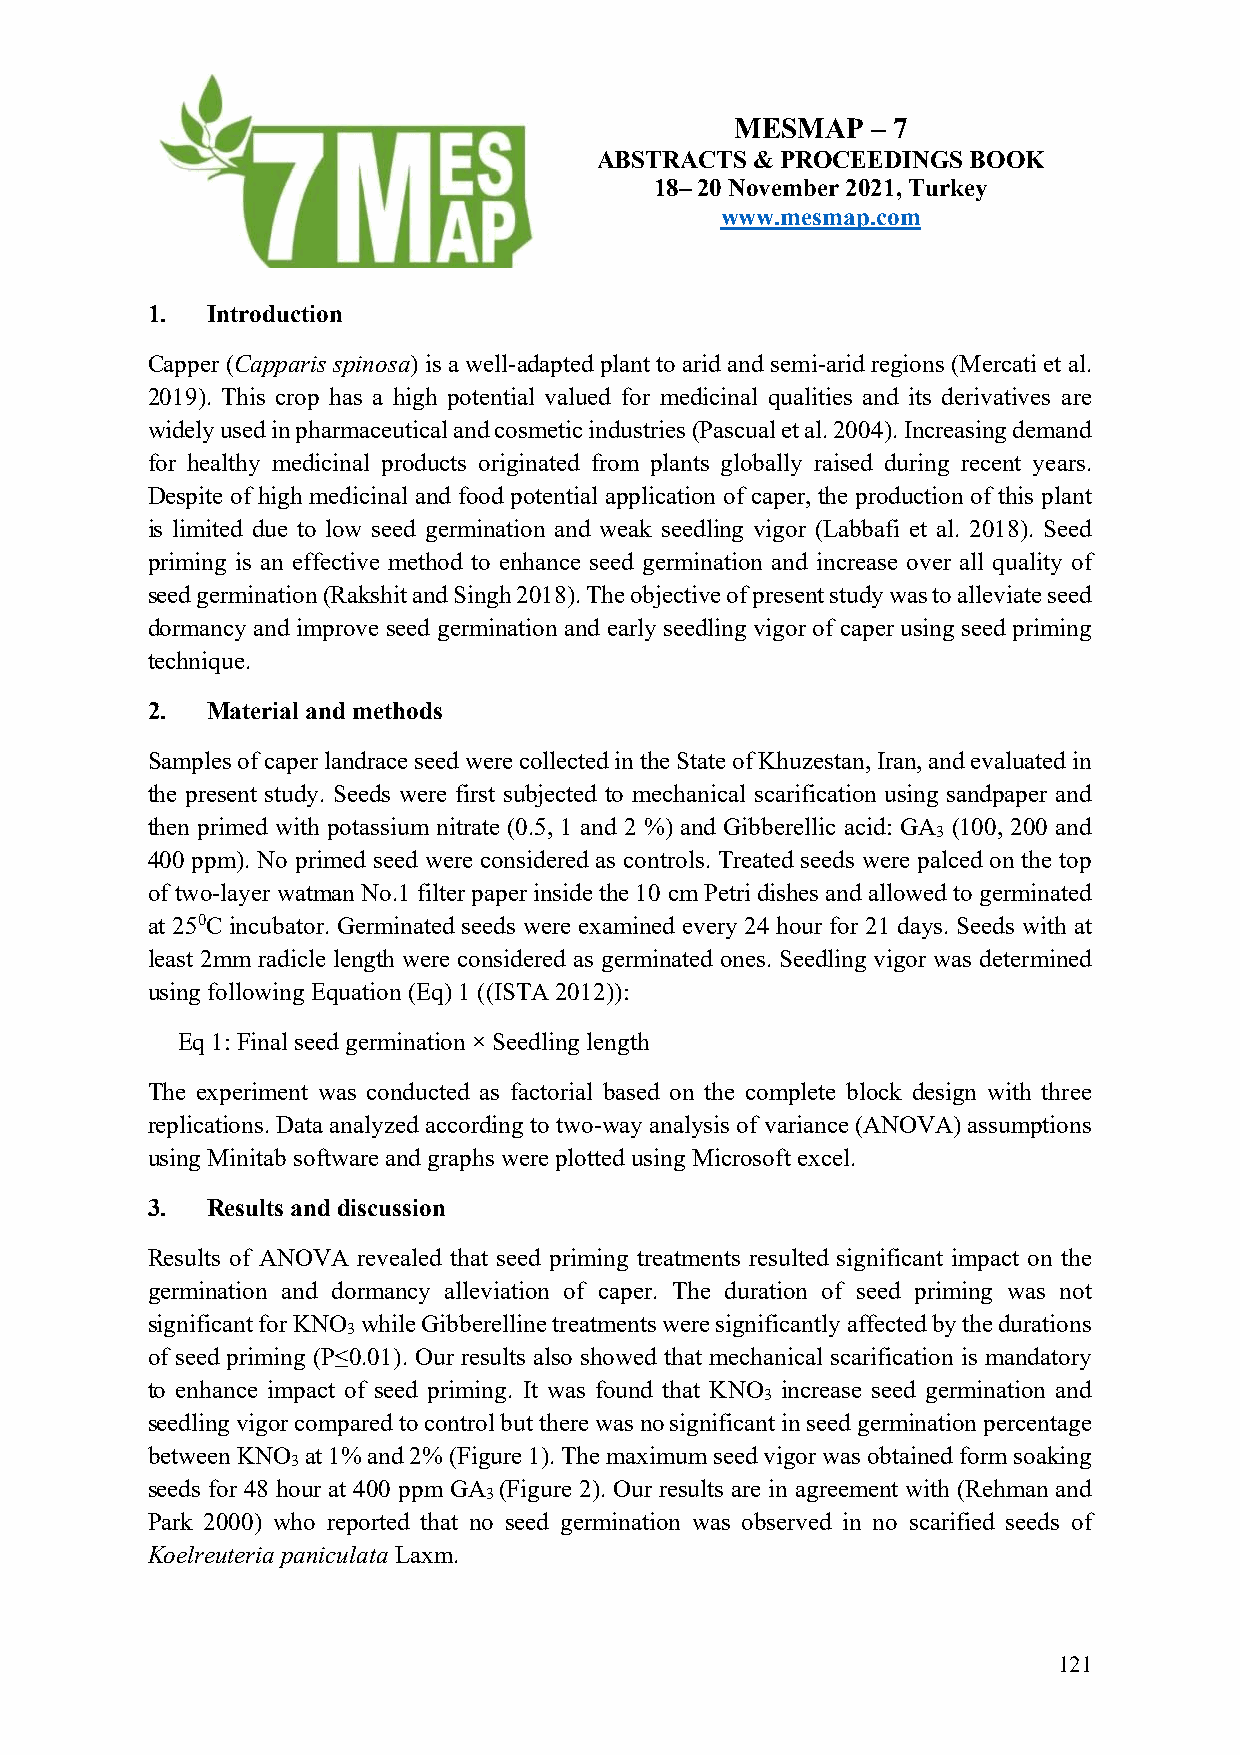
MESMAP   – 7
 ABSTRACTS  & PROCEEDINGS BOOK
 18– 20 November 2021, Turkey
 www.mesmap.com
 1.  Introduction
 Capper (Capparis spinosa) is a well-adapted plant to arid and semi-arid regions (Mercati et al.
 2019). This crop has a high potential valued for medicinal qualities and its derivatives are
 widely used in pharmaceutical and cosmetic industries (Pascual et al. 2004). Increasing demand
 for healthy medicinal products originated from plants globally raised during recent years.
 Despite of high medicinal and food potential application of caper, the production of this plant
 is limited due to low seed germination and weak seedling vigor (Labbafi et al. 2018). Seed
 priming is an effective method to enhance seed germination and increase over all quality of
 seed germination (Rakshit and Singh 2018). The objective of present study was to alleviate seed
 dormancy and improve seed germination and early seedling vigor of caper using seed priming
 technique.
 2.  Material and methods
 Samples of caper landrace seed were collected in the State of Khuzestan, Iran, and evaluated in
 the present study. Seeds were first subjected to mechanical scarification using sandpaper and
 then primed with potassium nitrate (0.5, 1 and 2 %) and Gibberellic acid: GA (100, 200 and
 3
 400 ppm). No primed seed were considered as controls. Treated seeds were palced on the top
 of two-layer watman No.1 filter paper inside the 10 cm Petri dishes and allowed to germinated
 at 250C incubator. Germinated seeds were examined every 24 hour for 21 days. Seeds with at
 least 2mm radicle length were considered as germinated ones. Seedling vigor was determined
 using following Equation (Eq) 1 ((ISTA 2012)):
 Eq 1: Final seed germination × Seedling length
 The experiment was conducted as factorial based on the complete block design with three
 replications. Data analyzed according to two-way analysis of variance (ANOVA) assumptions
 using Minitab software and graphs were plotted using Microsoft excel.
 3.  Results and discussion
 Results of ANOVA revealed that seed priming treatments resulted significant impact on the
 germination and dormancy alleviation of caper. The duration of seed priming was not
 significant for KNO while Gibberelline treatments were significantly affected by the durations
 3
 of seed priming (P≤0.01). Our results also showed that mechanical scarification is mandatory
 to enhance impact of seed priming. It was found that KNO increase seed germination and
 3
 seedling vigor compared to control but there was no significant in seed germination percentage
 between KNO at 1% and 2% (Figure 1). The maximum seed vigor was obtained form soaking
 3
 seeds for 48 hour at 400 ppm GA (Figure 2). Our results are in agreement with (Rehman and
 3
 Park 2000) who reported that no seed germination was observed in no scarified seeds of
 Koelreuteria paniculata Laxm.
 121